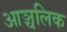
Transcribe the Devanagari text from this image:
आञ्चलिक